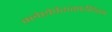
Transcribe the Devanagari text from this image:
क्लेप्टोपैरासाईटिस्म